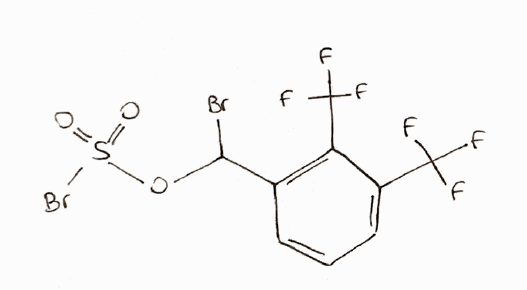
Simplified molecular-input line-entry system (SMILES) notation of the given molecule:
C1=CC(=C(C(=C1)C(F)(F)F)C(F)(F)F)C(OS(=O)(=O)Br)Br